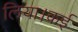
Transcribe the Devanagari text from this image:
लिया।कई